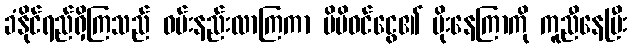
ခံနိုင်ရည်ရှိကြသည် ဝမ်းနည်းလာကြကာ မိမိဝင်ငွေ၏ မိုးနေကြာကို ကူညီနေပြီး